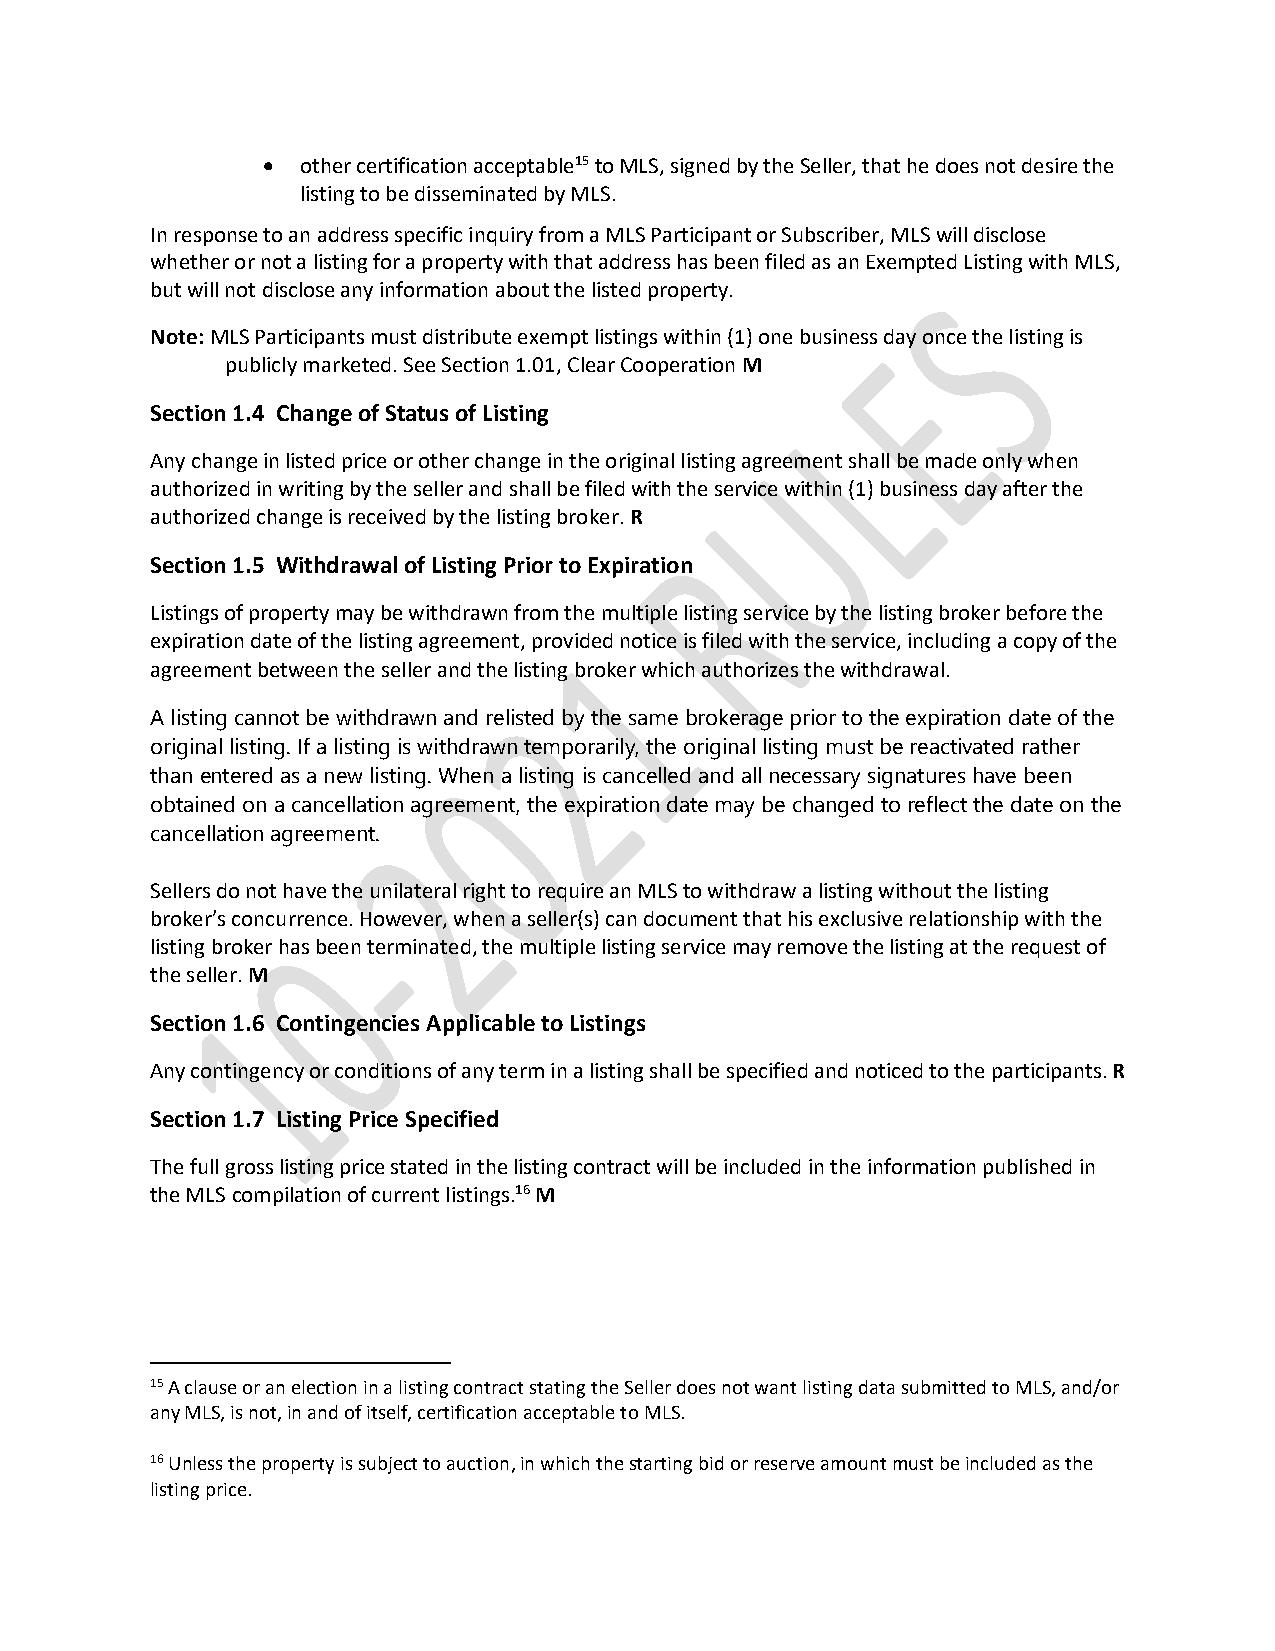
•  other certification acceptable15 to MLS, signed by the Seller, that he does not desire the
 listing to be disseminated by MLS.
 In response to an address specific inquiry from a MLS Participant or Subscriber, MLS will disclose
 whether or not a listing for a property with that address has been filed as an Exempted Listing with MLS,
 but will not disclose any information about the listed property.
 Note: MLS Participants must distribute exempt listings within (1) one business day once the listing is
 publicly marketed. See Section 1.01, Clear Cooperation M
 Section 1.4 Change of Status of Listing
 Any change in listed price or other change in the original listing agreement shall be made only when
 authorized in writing by the seller and shall be filed with the service within (1) business day after the
 authorized change is received by the listing broker. R
 Section 1.5 Withdrawal of Listing Prior to Expiration
 Listings of property may be withdrawn from the multiple listing service by the listing broker before the
 expiration date of the listing agreement, provided notice is filed with the service, including a copy of the
 agreement between the seller and the listing broker which authorizes the withdrawal.
 A listing cannot be withdrawn and relisted by the same brokerage prior to the expiration date of the
 original listing. If a listing is withdrawn temporarily, the original listing must be reactivated rather
 than entered as a new listing. When a listing is cancelled and all necessary signatures have been
 obtained on a cancellation agreement, the expiration date may be changed to reflect the date on the
 cancellation agreement.
 Sellers do not have the unilateral right to require an MLS to withdraw a listing without the listing
 broker’s concurrence. However, when a seller(s) can document that his exclusive relationship with the
 listing broker has been terminated, the multiple listing service may remove the listing at the request of
 the seller. M
 Section 1.6 Contingencies Applicable to Listings
 Any contingency or conditions of any term in a listing shall be specified and noticed to the participants. R
 Section 1.7 Listing Price Specified
 The full gross listing price stated in the listing contract will be included in the information published in
 the MLS compilation of current listings.16 M
 15 A clause or an election in a listing contract stating the Seller does not want listing data submitted to MLS, and/or
 any MLS, is not, in and of itself, certification acceptable to MLS.
 16 Unless the property is subject to auction, in which the starting bid or reserve amount must be included as the
 listing price.